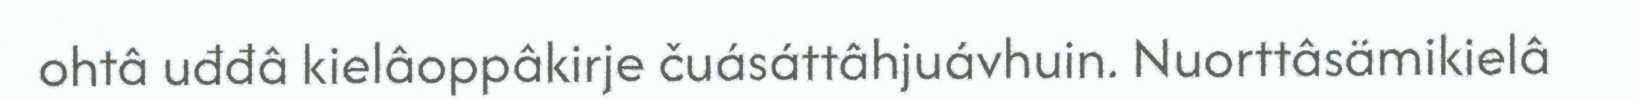
ohtâ uđđâ kielâoppâkirje čuásáttâhjuávhuin. Nuorttâsämikielâ